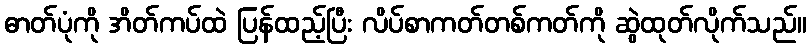
ဓာတ်ပုံကို အိတ်ကပ်ထဲ ပြန်ထည့်ပြီး လိပ်စာကတ်တစ်ကတ်ကို ဆွဲထုတ်လိုက်သည်။